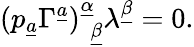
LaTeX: (p_{\underline{{a}}}\Gamma^{\underline{{a}}})_{~~\underline{{\beta}}}^{\underline{{\alpha}}}\lambda^{\underline{{\beta}}}=0.